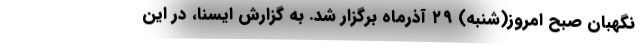
نگهبان صبح امروز(شنبه) ۲۹ آذرماه برگزار شد. به گزارش ایسنا، در این